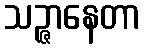
သဉ္ဇာနေတာ